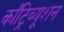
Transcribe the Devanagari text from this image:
काँट्रिब्यूशन